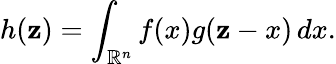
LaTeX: h(\mathbf{z})=\int_{\mathbb{{R}}^{n}}f(x)g(\mathbf{z}-x)\, dx.